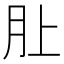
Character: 𪱚